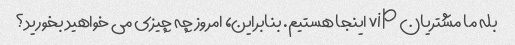
بله ما مشتریان vip اینجا هستیم. بنابراین، امروز چه چیزی می خواهید بخورید؟